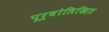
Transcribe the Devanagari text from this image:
पूर्वोलिखित